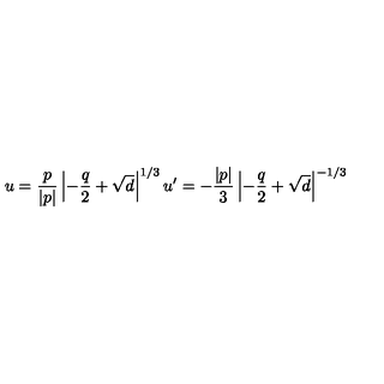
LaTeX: u = \frac { p } { | p | } \left| - \frac { q } { 2 } + \sqrt { d } \right| ^ { 1 / 3 } u ^ { \prime } = - \frac { | p | } { 3 } \left| - \frac { q } { 2 } + \sqrt { d } \right| ^ { - 1 / 3 }